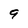
Character: 9